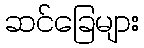
ဆင်ခြေများ